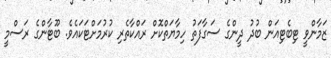
ޒަމާންވީ ޓިބެޓިއަން ބުދު ދީންގެ ސަގާފަތު ހިމާޔަތްކޮށް ރައްކާތެރި ކުރުމަށްޓަކައެވެ. ބޫޓާންގެ ރަސްމީ